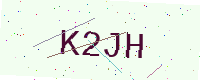
Text: K2JH